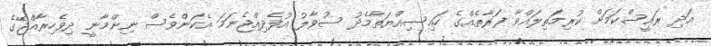
އަދި ރައީސްކަމަށް ކުރިމަތިލައްވާ ފަރާތެއްގެ ހައިސިއްޔަތާމެދު ސުވާލު އުފެދިއްޖެނަމަ އެކަންވެސް ނިންމާނީ ދިވެހިރާއްޖޭގެ